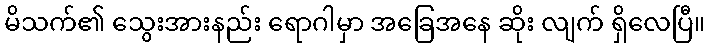
မိသက်၏ သွေးအားနည်း ရောဂါမှာ အခြေအနေ ဆိုး လျက် ရှိလေပြီ။